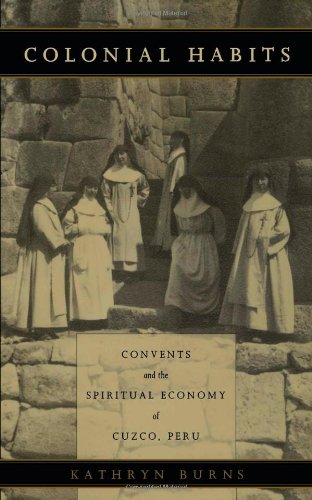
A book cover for Colonial Habits: Convents and the Spiritual Economy of Cuzco, Peru; Kathryn Burns; History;